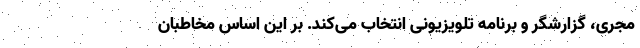
مجری، گزارشگر و برنامه تلویزیونی انتخاب می‌کند. بر این اساس مخاطبان